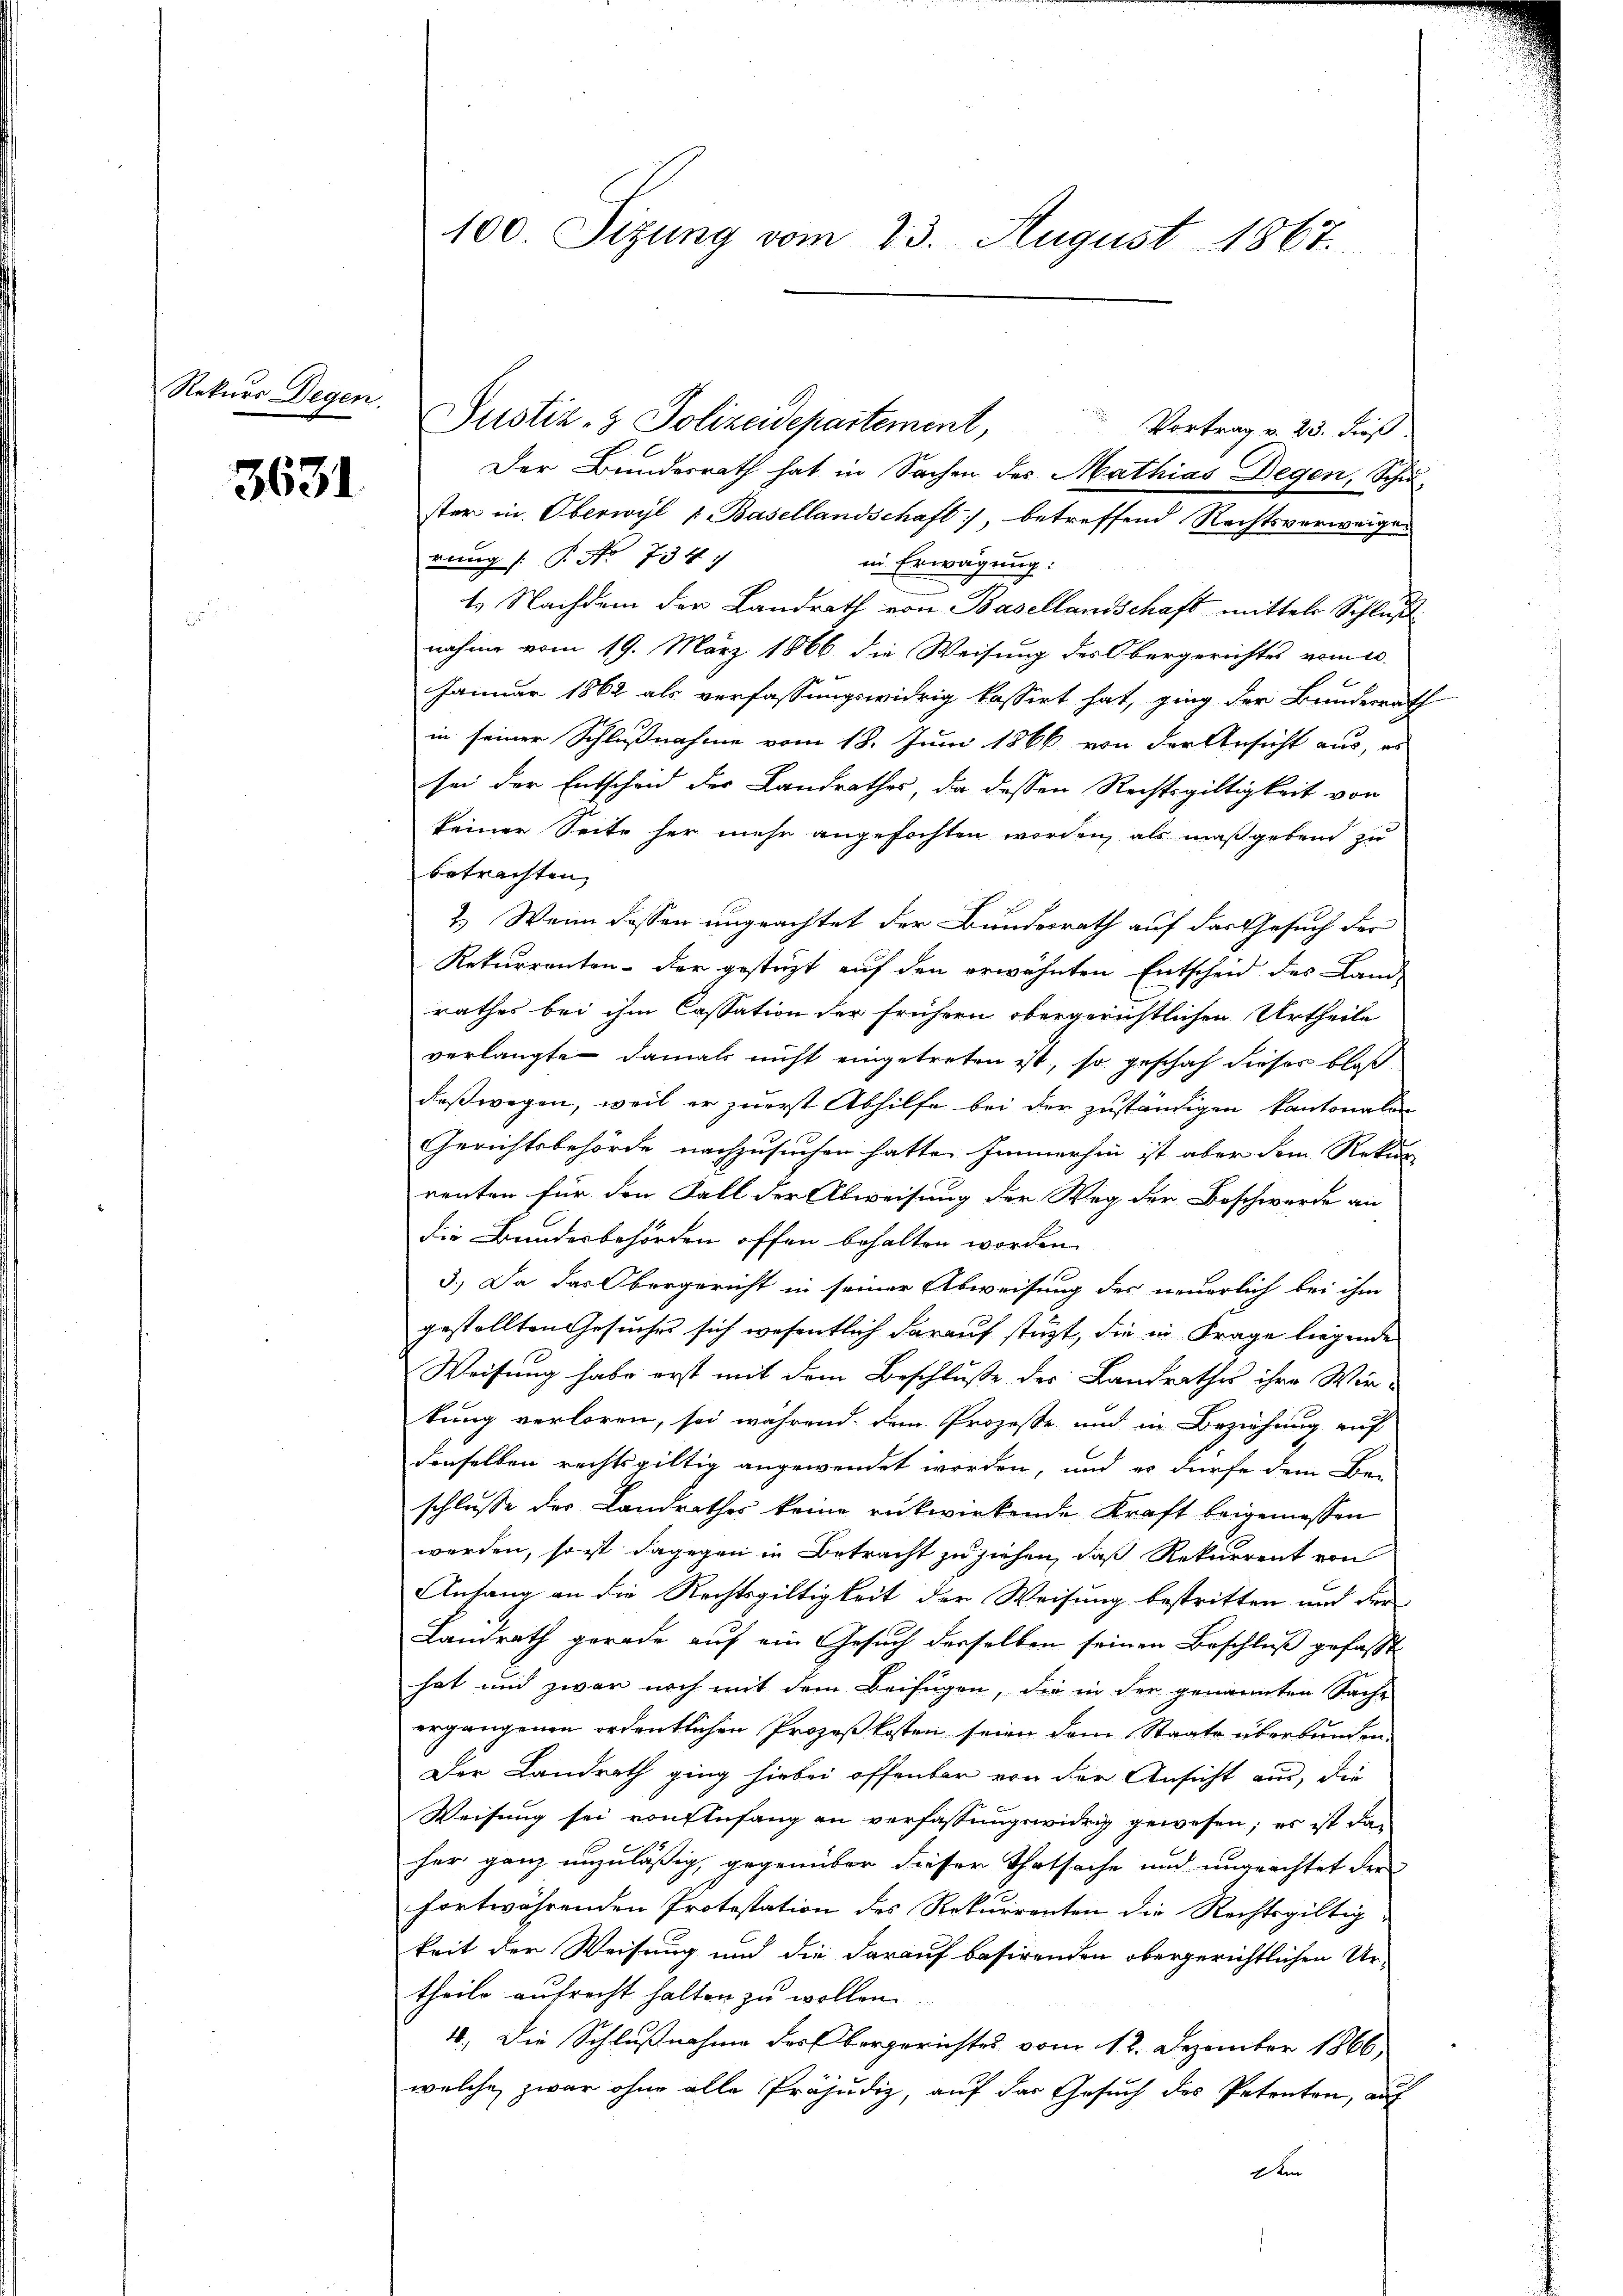
Rekurs Degen.

3631

Justiz- & Polizeidepartement, Vortrag v. 23. dieß
Der Bundesrath hat in Sachen des Mathias Degen, Schu-
ster in Oberwyl u. Basellandschaft), betreffend Rechtsverweige
rung (: P. Nr. 734 1/
in Erwägung:
1. Nachdem der Landrath von Basellandschaft mittel Schluß
nahme vom 19. März 1866 die Weisung des Obergerichtes vom 20.
Januar 1862 als verfassungswidrig kassirt hat, ging der Bundesrath
in seiner Schlußnahme vom 18. Juni 1866 von der Ansicht aus, es
sei der Entscheid der Landrathes, da dessen Rechtsgültigkeit von
keiner Seite her mehr angefochten worden, als maßgebend zu
betrachten,
2.) Wenn dassen ungeachtet der Bundesrath auf das Gesuch der
Rekurrenten - der gestüzt auf den erwähnten Entscheid des Land-
rathes bei ihm Cassation der frühern obergerichtlichen Urtheile
verlangte damals nicht eingetreten ist, so geschah dieser bloß
daßwegen, weil er zuerst Abhilfe bei der zuständigen kantonalen
Gerichtsbehörde nachzusuchen hatte. Immerhin ist aber dem Rekur
renten für den Fall der Abweisung der Weg der Beschwerde an
die Bundesbehörden offen behalten worden.
3.) Da das Obergericht in seiner Abweisung des neuerlich bei ihm
gestellten Gesuches sich wesentlich darauf stüzt, die in Frage liegende
Weisung habe erst mit dem Beschluße der Landrathes ihre Wir-
tung verloren, sei während dem Prozesse und in Beziehung auf
denselben rechtsgültig angewendet worden, und es dürfe dem Be-
schlusse der Landrathes keine rükwirkende Kraft beigemessen
werden, so ist dagegen in Betracht zu ziehen, daß Rekurrent von
Anfang an die Rechtsgültigkeit der Weisung bestritten und der
Landrath gerade auf ein Gesuch derselben seinen Beschluß gefasst
hat und zwar noch mit dem Beifügen, die in der genannten Sache
ergangenen ordentlichen Prozeßkosten seien dem Staate überbunden
Der Landrath ging hiebei offenbar von der Ansicht aus, die
Weisung sei von Anfang an verfassungswidrig gewesen; es ist das
her ganz unzuläßig, gegenüber dieser Thatsache und ungeachtet der
fortwährenden Protestation des Rekurrenten die Rechtsgültig
keit der Weisung und die darauf basirenden obergerichtlichen Urtheile aufrecht halten zu wollen
10.) Die Schlußnahme des Obergerichtes vom 12. Dezember 1866
welche zwar ohne alle Präjudiz, auf das Gesuch des Petenten, auf
e

100. Sizung vom 23. August 1867.